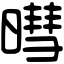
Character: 暳